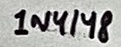
Text: 1N4148